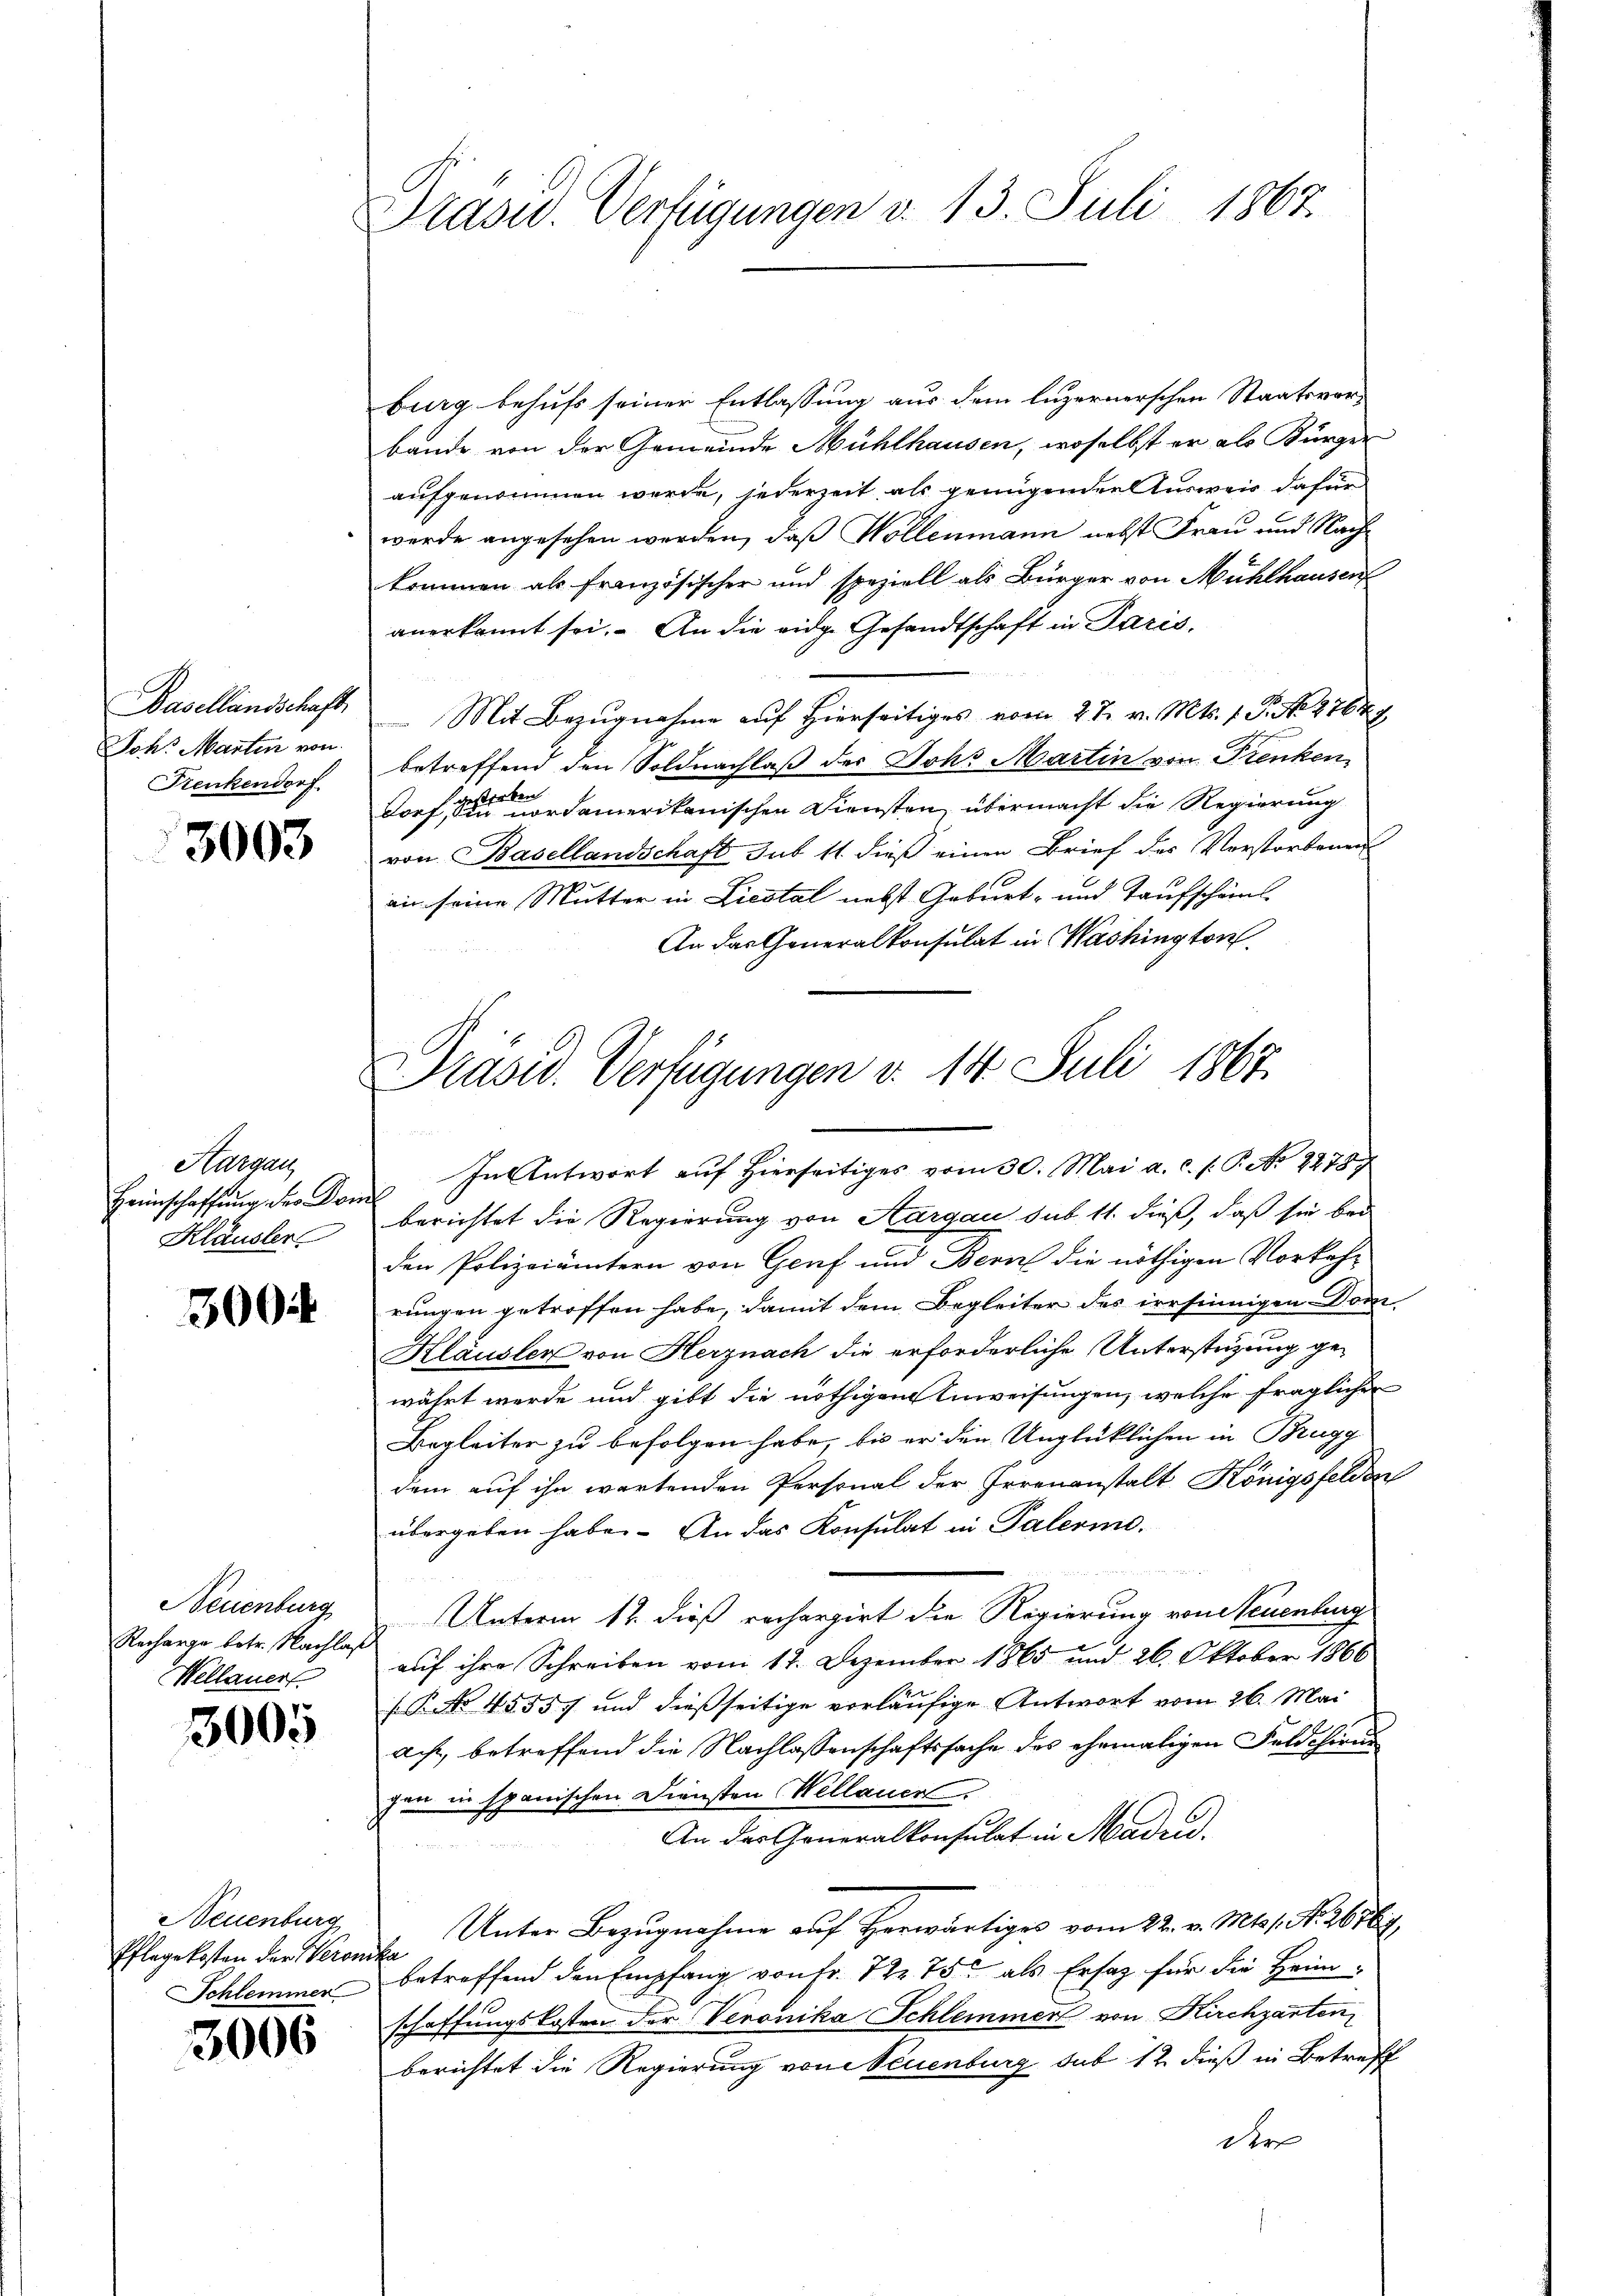
Basellandschaft
Joh. Martin von
Frenkendorf.

3003

Aargau
Heinschaffung des Dom
Kläusler

3004

Neuenburg
Recharge betr. Nachlaß
Wellauer

3005

Neuenburg
Pflege kosten der Veron
Schlemmer

3006

Präsid. Verfügungen v. 13. Juli 1867.

burg behufs seiner Entlassung aus dem luzernerschen Staatsvorbande von der Gemeinde Mühlhausen, woselbst er als Bürger
aufgenommen werde, jederzeit als genügender Ausweis dafür
werde angesehen werden, daß Wollenmann nebst Frau und Nachkommen als französischer und speziell als Bürger von Mühlhausen
anerkannt sei. An die eidg. Gesandtschaft in Paris.
 Mit Bezugnahme auf hierseitiges vom 27. v. Mts. 1. P. N. 2764.
betreffend den Soldnachlaß der Joh. Martin von Frenken,
dorf eine nordamerikanischen Diensten, übermacht die Regierung
von Basellandschaft sub 11 dieß einen Brief des Verstorbenen
an seine Mutter in Liestal nebst Geburt- und Taufschaus-
An das Generalkonsulat in Washington

Präsid. Verfügungen d. 14. Juli 1867.

In Antwort aŭf hierseitiges vom 30. Mai a. c. s. S. No 1278)
berichtet die Regierung von Aargau sub. 11. dieß, daß sie bei
den Polizeiämtern von Graf und Bern die nöthigen Vorkehr
rungen getroffen habe, damit dem Begleiter des irrsinnigen Dom-
Hläusler von Herznach die erforderliche Unterstüzung gewährt werde und gibt die nöthigem Anweisungen, welche fraglichen
Begleiter zu befolgen habe, bis er den Unglücklichen in Brugg
dem auf ihn wartenden Personal der Irrenanstalt Königsfelden
übergeben habe. An das Konsulat in Palerie.
Unterm 12. dieß rechargirt die Regierung von Neuenburg
auf ihre Schreiben vom 12. Dezember 1865 und 26. Oktober 1866
B No 45557 und dießseitige vorläufige Antwort vom 26. Mai
ach, betreffend die Nachlassenschaftssache des ehemaligen Feld chiru
hen in spanischen Diensten Wellauer
An der Generalkonsulat in Madrid.
Unter Bezugnahme auf Herwärtiges vom 22. v. Mts s. Nr. 2616
fi
betreffend den Empfang von Fr. 72 75 als Ersatz für die Heim-
schaffungskosten der Veronika Schlemmer von Kirchgarten,
berichtet die Regierung von Neuenburg sub 12 dieß in Betreff
der |